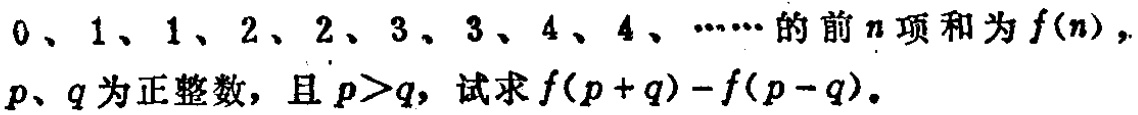
\(0、1、1、2、2、3、3、4、4、\cdots\) 的前\(n\)项和为\(f(n)\)，\(p、q\)为正整数，且 \(p>q\)，试求\(f(p + q)-f(p - q)\)。